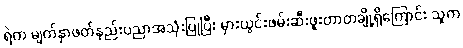
ရဲက မျက်နှာဖတ်နည်းပညာအသုံးပြုပြီး မှားယွင်းဖမ်းဆီးဖူးတာတချို့ရှိကြောင်း သူက